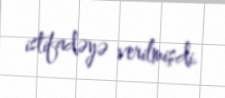
istifadəyə verilmişdi.